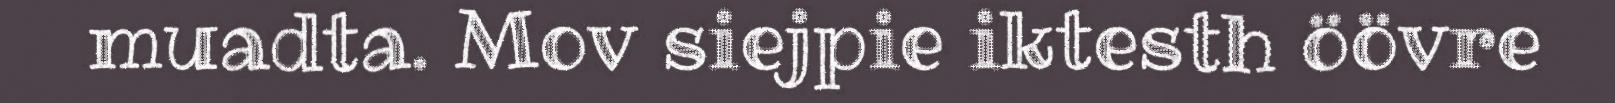
muadta. Mov siejpie iktesth öövre